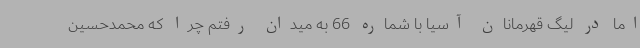
اما در لیگ قهرمانان آسیا با شماره 66 به میدان رفتم چرا که محمدحسین